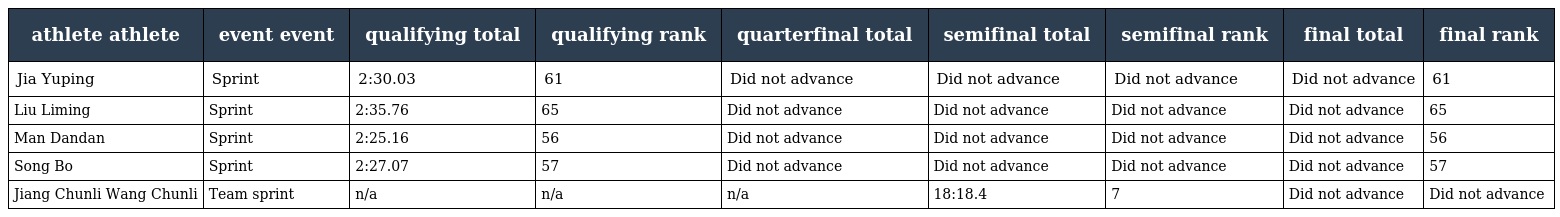
| athlete athlete | event event | qualifying total | qualifying rank | quarterfinal total | semifinal total | semifinal rank | final total | final rank |
 | --- | --- | --- | --- | --- | --- | --- | --- | --- |
 | Jia Yuping | Sprint | 2:30.03 | 61 | Did not advance | Did not advance | Did not advance | Did not advance | 61 |
 | Liu Liming | Sprint | 2:35.76 | 65 | Did not advance | Did not advance | Did not advance | Did not advance | 65 |
 | Man Dandan | Sprint | 2:25.16 | 56 | Did not advance | Did not advance | Did not advance | Did not advance | 56 |
 | Song Bo | Sprint | 2:27.07 | 57 | Did not advance | Did not advance | Did not advance | Did not advance | 57 |
 | Jiang Chunli Wang Chunli | Team sprint | n/a | n/a | n/a | 18:18.4 | 7 | Did not advance | Did not advance |